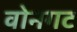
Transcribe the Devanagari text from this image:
वोनगट